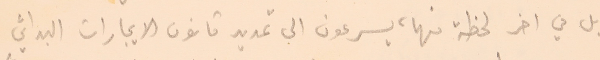
بل في اخر لحظة منها، يسرعون الى تمديد قانون الايجارات البدائي